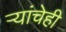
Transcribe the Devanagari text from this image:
ऱ्यांचेही